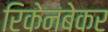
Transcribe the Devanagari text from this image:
रिकेनबेकर